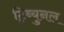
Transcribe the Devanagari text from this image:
ट्रिब्युनल